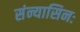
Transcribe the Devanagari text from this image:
संन्यासिनः